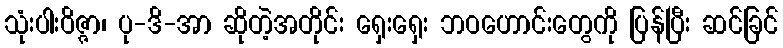
သုံးပါးဝိဇ္ဇာ၊ ပု-ဒိ-အာ ဆိုတဲ့အတိုင်း ရှေးရှေး ဘဝဟောင်းတွေကို ပြန်ပြီး ဆင်ခြင်